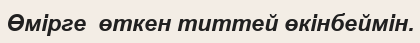
Өмірге  өткен титтей өкінбеймін.